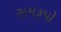
સમરૂપો